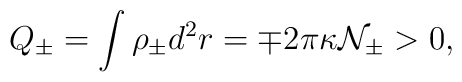
Q_{\pm} = \int {\rho}_{\pm} d^2 r ={\mp}2{\pi}{\kappa}{\cal N}_{\pm} >0,